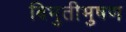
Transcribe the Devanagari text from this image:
बिभुतीभुषण